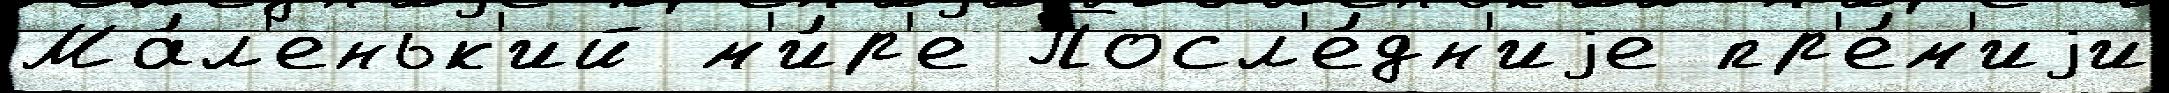
Ма́л'еньк'ий м'и́р'е Посл'е́дн'иjе пр'е́м'иjи